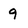
Character: 9